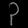
Digit: ၃